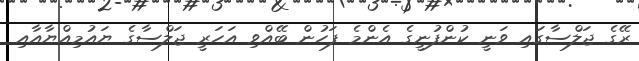
ރޭގެ ޖަލްސާގައި ވަނީ ކުންފުނީގެ އެންމެ ފަހުން ބޭއްވި އަހަރީ ޖަލްސާގެ ޔައުމިއްޔާއާއި